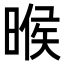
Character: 㬋